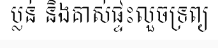
ប្លន់ និងគាស់ផ្ទះលួចទ្រព្យ